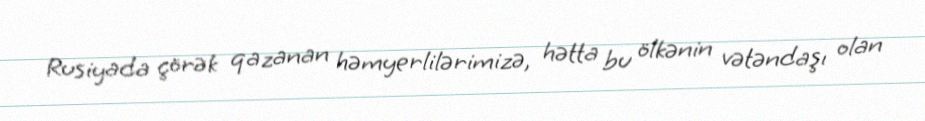
Rusiyada çörək qazanan həmyerlilərimizə, hətta bu ölkənin vətəndaşı olan